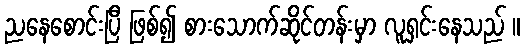
ညနေစောင်းပြီ ဖြစ်၍ စားသောက်ဆိုင်တန်းမှာ လူရှင်းနေသည် ။